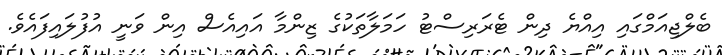
ބެލްޖިއަމްގައި އިއްޔެ ދިން ޓެރަރިސްޓު ހަމަލާތަކުގެ ޒިންމާ އައިއެސް އިން ވަނީ އުފުލައިފައެވެ.